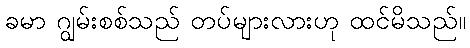
ခမာ ဂျွမ်းစစ်သည် တပ်များလားဟု ထင်မိသည်။